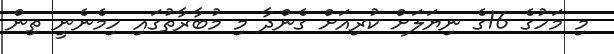
މި މަހުގެ 16ގެ ނިޔަލަށް ކުރިއަށް ގެންދާ މި މުބާރާތުގައި ހިމެނެނީ ތިން